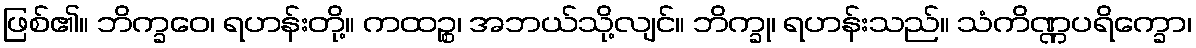
ဖြစ်၏။ ဘိက္ခဝေ၊ ရဟန်းတို့။ ကထဉ္စ၊ အဘယ်သို့လျင်။ ဘိက္ခု၊ ရဟန်းသည်။ သံကိဏ္ဏပရိက္ခော၊